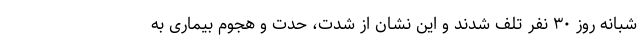
شبانه روز ۳۰ نفر تلف شدند و این نشان از شدت، حدت و هجوم بیماری به